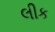
લીક